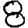
Digit: 8